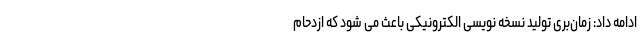
ادامه داد: زمان‌بری تولید نسخه نویسی الکترونیکی باعث می شود که ازدحام